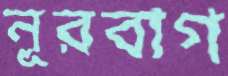
নূরবাগ